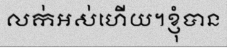
លក់អស់ហើយ។ខ្ញុំបាន